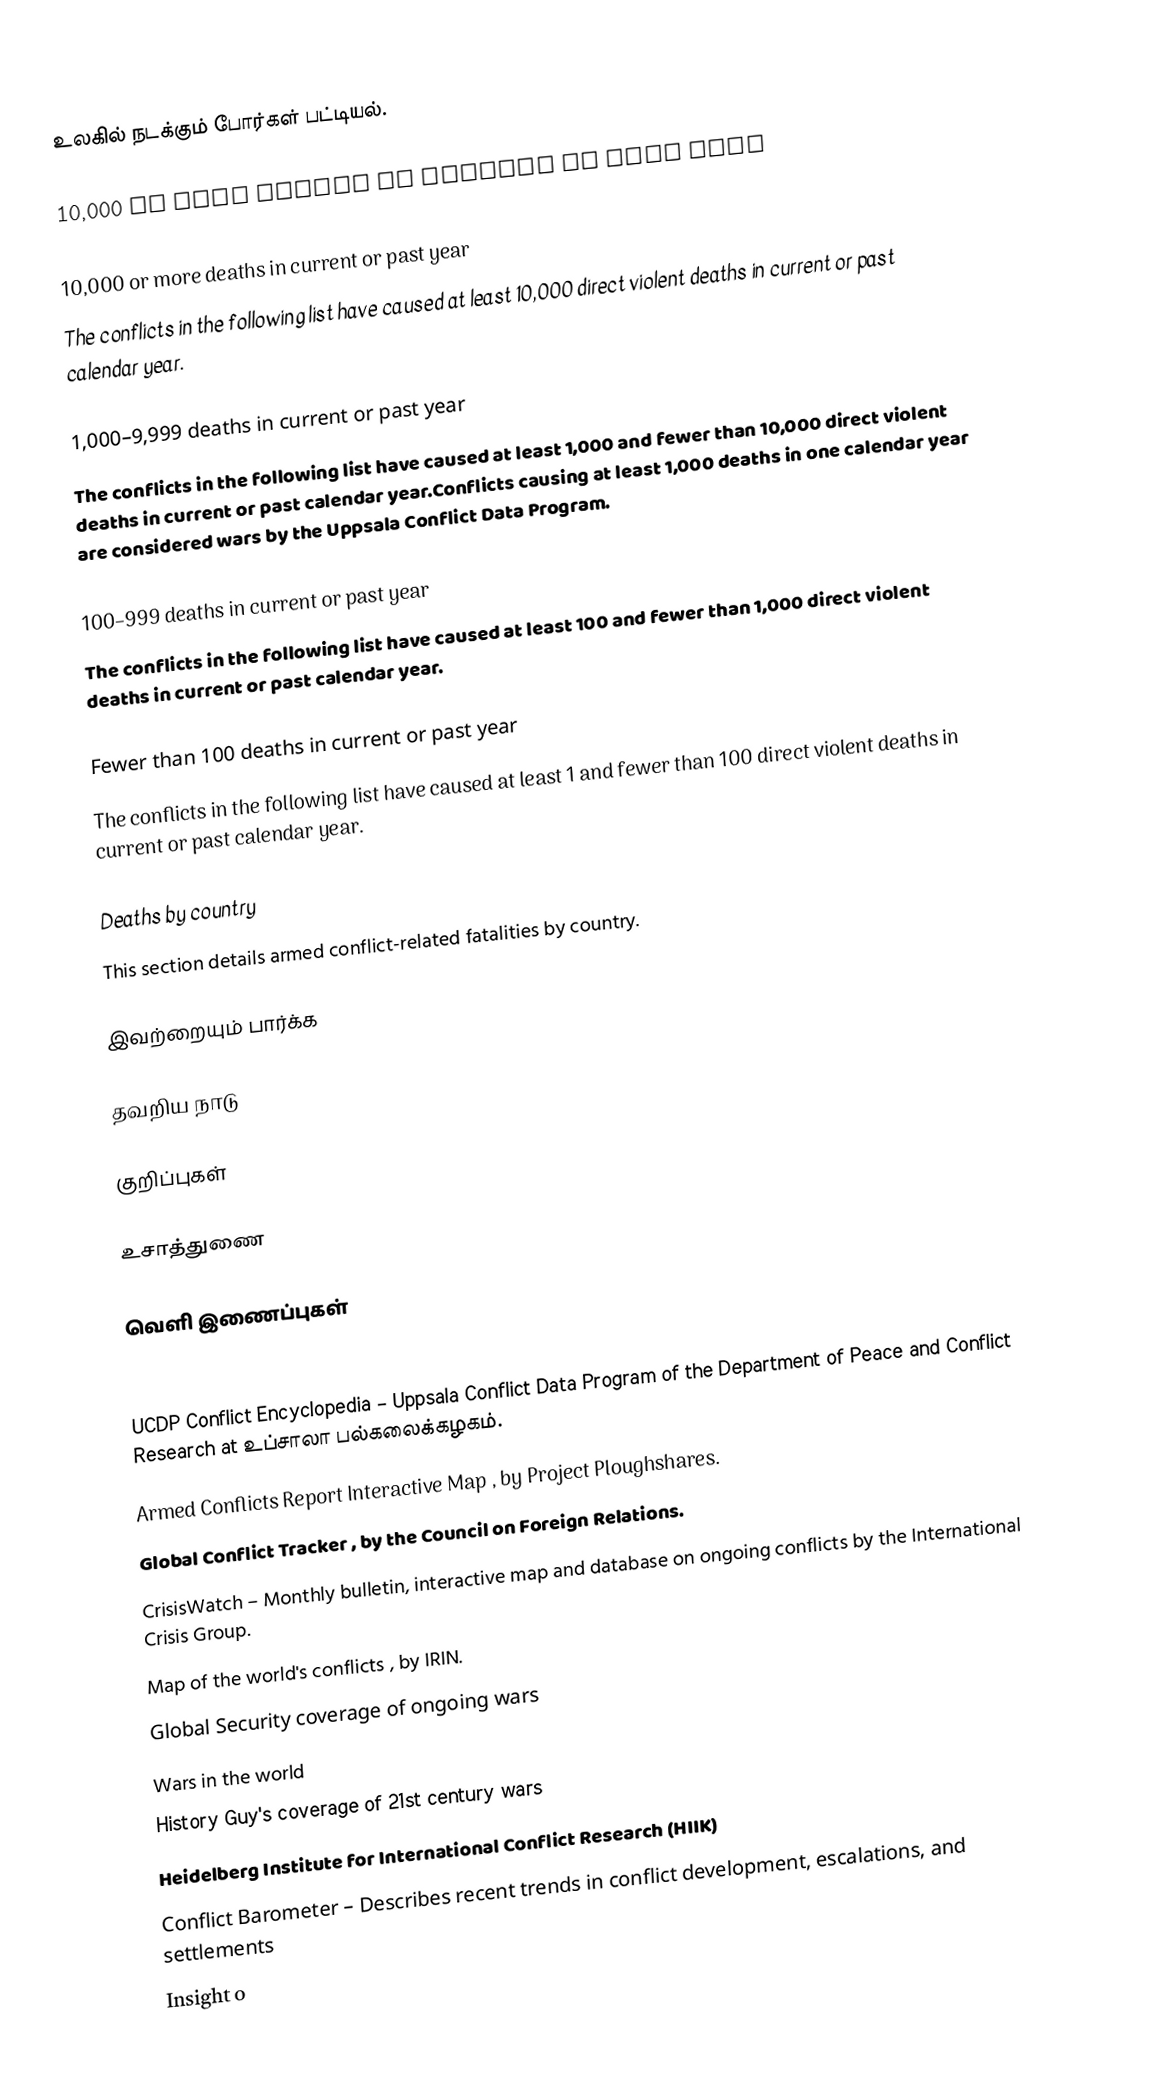
உலகில் நடக்கும் போர்கள் பட்டியல்.

10,000 or more deaths in current or past year

10,000 or more deaths in current or past year
The  conflicts in the following list have caused at least 10,000 direct violent deaths in current or past calendar year.

1,000–9,999 deaths in current or past year
The  conflicts in the following list have caused at least 1,000 and fewer than 10,000 direct violent deaths in current or past calendar year.Conflicts causing at least 1,000 deaths in one calendar year are considered wars by the Uppsala Conflict Data Program.

100–999 deaths in current or past year
The  conflicts in the following list have caused at least 100 and fewer than 1,000 direct violent deaths in current or past calendar year.

Fewer than 100 deaths in current or past year
The  conflicts in the following list have caused at least 1 and fewer than 100 direct violent deaths in current or past calendar year.

Deaths by country
This section details armed conflict-related fatalities by country.

இவற்றையும் பார்க்க

 தவறிய நாடு

குறிப்புகள்

உசாத்துணை

வெளி இணைப்புகள்
Major Episodes of Political Violence 1946–2014 – List of armed conflicts compiled by Dr. Monty G. Marshall, director of the Center for Systemic Peace, based on research sponsored by the Political Instability Task Force.
UCDP Conflict Encyclopedia   – Uppsala Conflict Data Program of the Department of Peace and Conflict Research at உப்சாலா பல்கலைக்கழகம்.
Armed Conflicts Report Interactive Map , by Project Ploughshares.
Global Conflict Tracker , by the Council on Foreign Relations.
CrisisWatch – Monthly bulletin, interactive map and database on ongoing conflicts by the International Crisis Group.
Map of the world's conflicts , by IRIN.
Global Security coverage of ongoing wars
Wars in the world
History Guy's coverage of 21st century wars
Heidelberg Institute for International Conflict Research (HIIK)
Conflict Barometer  – Describes recent trends in conflict development, escalations, and settlements
Insight o